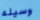
وسيله